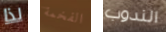
لذا الفخمة الندوب